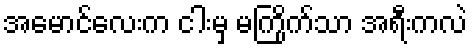
အမောင်လေးက ငါးမှ မကြိုက်သာ အရီးကလဲ